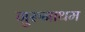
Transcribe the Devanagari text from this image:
गुरुनाथम